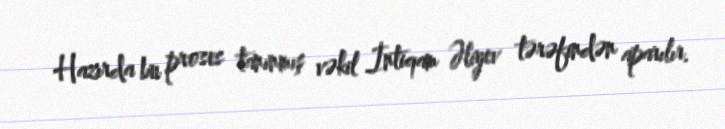
Hazırda bu proses tanınmış vəkil İntiqam Əliyev tərəfindən aparılır.